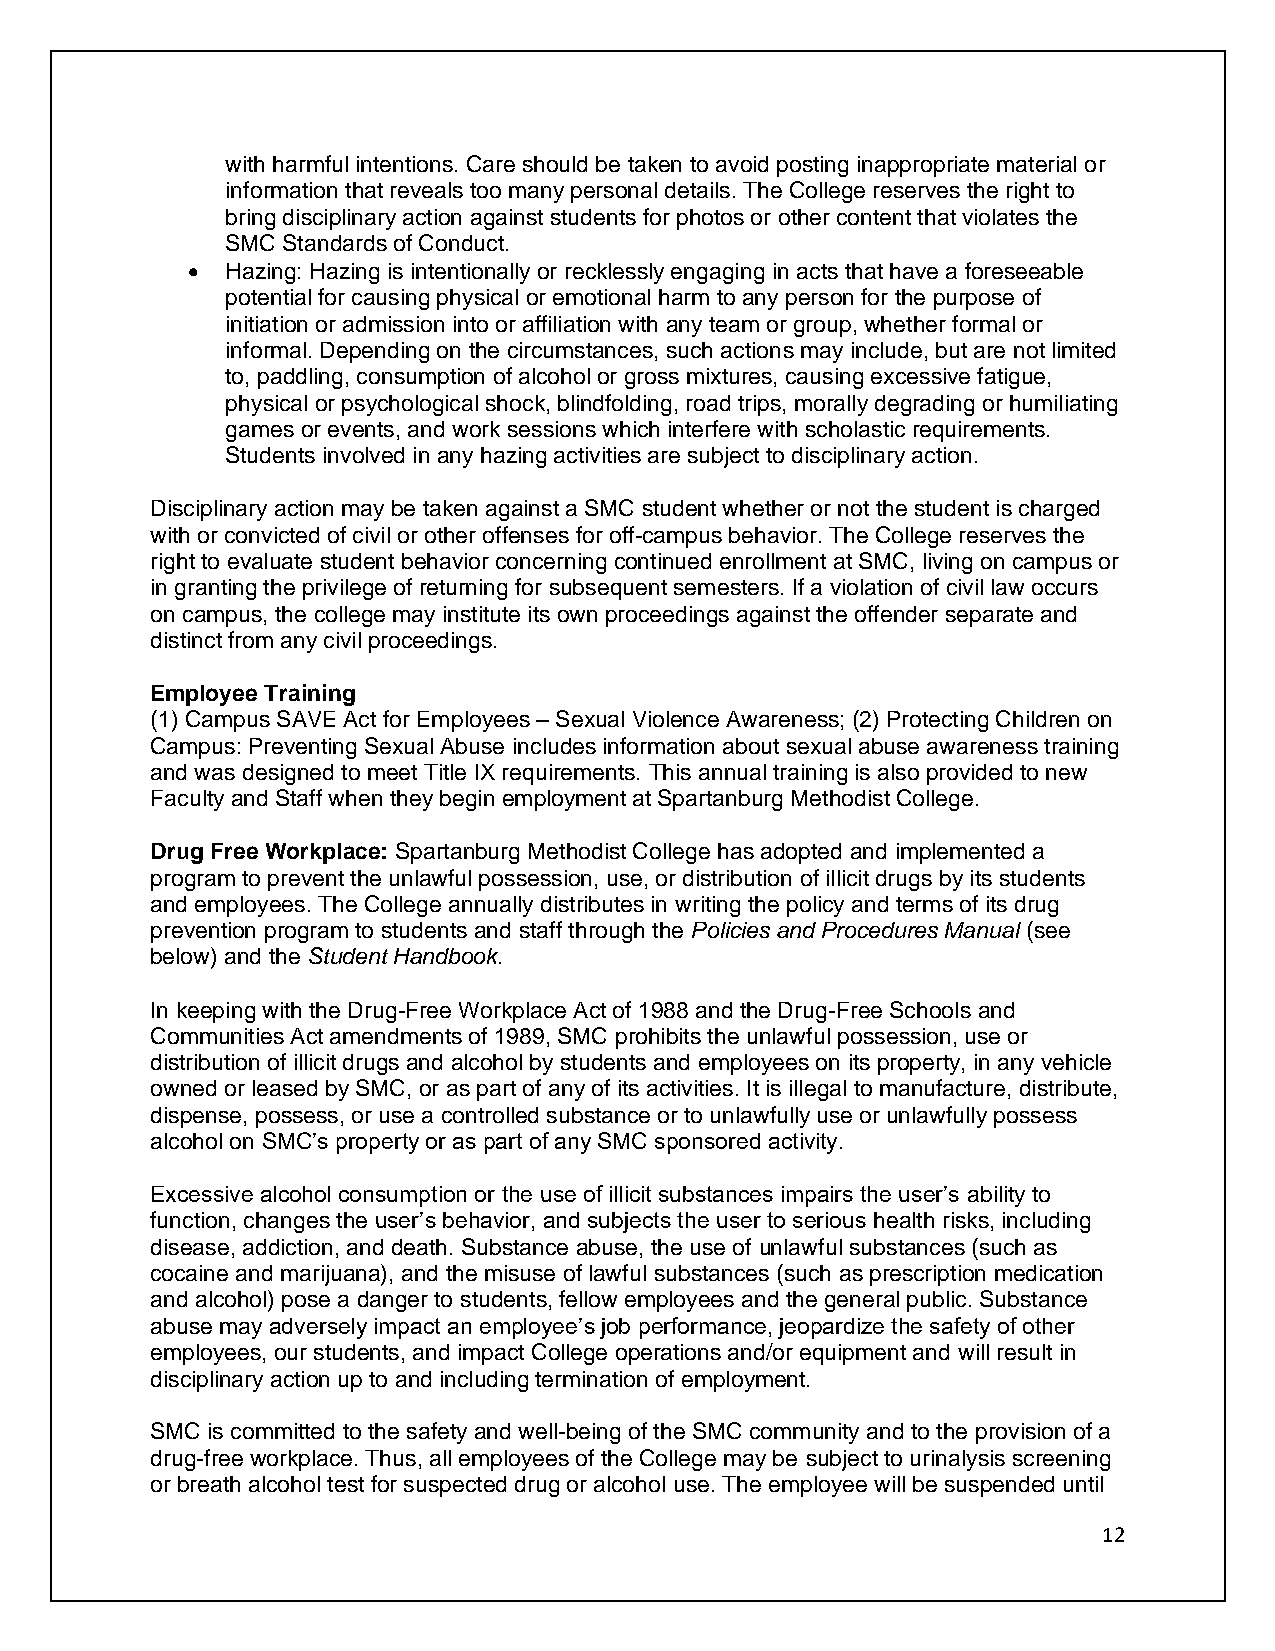
with harmful intentions. Care should be taken to avoid posting inappropriate material or
 information that reveals too many personal details. The College reserves the right to
 bring disciplinary action against students for photos or other content that violates the
 SMC Standards of Conduct.
 •  Hazing: Hazing is intentionally or recklessly engaging in acts that have a foreseeable
 potential for causing physical or emotional harm to any person for the purpose of
 initiation or admission into or affiliation with any team or group, whether formal or
 informal. Depending on the circumstances, such actions may include, but are not limited
 to, paddling, consumption of alcohol or gross mixtures, causing excessive fatigue,
 physical or psychological shock, blindfolding, road trips, morally degrading or humiliating
 games or events, and work sessions which interfere with scholastic requirements.
 Students involved in any hazing activities are subject to disciplinary action.
 Disciplinary action may be taken against a SMC student whether or not the student is charged
 with or convicted of civil or other offenses for off-campus behavior. The College reserves the
 right to evaluate student behavior concerning continued enrollment at SMC, living on campus or
 in granting the privilege of returning for subsequent semesters. If a violation of civil law occurs
 on campus, the college may institute its own proceedings against the offender separate and
 distinct from any civil proceedings.
 Employee Training
 (1) Campus SAVE Act for Employees – Sexual Violence Awareness; (2) Protecting Children on
 Campus: Preventing Sexual Abuse includes information about sexual abuse awareness training
 and was designed to meet Title IX requirements. This annual training is also provided to new
 Faculty and Staff when they begin employment at Spartanburg Methodist College.
 Drug Free Workplace: Spartanburg Methodist College has adopted and implemented a
 program to prevent the unlawful possession, use, or distribution of illicit drugs by its students
 and employees. The College annually distributes in writing the policy and terms of its drug
 prevention program to students and staff through the Policies and Procedures Manual (see
 below) and the Student Handbook.
 In keeping with the Drug-Free Workplace Act of 1988 and the Drug-Free Schools and
 Communities Act amendments of 1989, SMC prohibits the unlawful possession, use or
 distribution of illicit drugs and alcohol by students and employees on its property, in any vehicle
 owned or leased by SMC, or as part of any of its activities. It is illegal to manufacture, distribute,
 dispense, possess, or use a controlled substance or to unlawfully use or unlawfully possess
 alcohol on SMC’s property or as part of any SMC sponsored activity.
 Excessive alcohol consumption or the use of illicit substances impairs the user’s ability to
 function, changes the user’s behavior, and subjects the user to serious health risks, including
 disease, addiction, and death. Substance abuse, the use of unlawful substances (such as
 cocaine and marijuana), and the misuse of lawful substances (such as prescription medication
 and alcohol) pose a danger to students, fellow employees and the general public. Substance
 abuse may adversely impact an employee’s job performance, jeopardize the safety of other
 employees, our students, and impact College operations and/or equipment and will result in
 disciplinary action up to and including termination of employment.
 SMC is committed to the safety and well-being of the SMC community and to the provision of a
 drug-free workplace. Thus, all employees of the College may be subject to urinalysis screening
 or breath alcohol test for suspected drug or alcohol use. The employee will be suspended until
 12